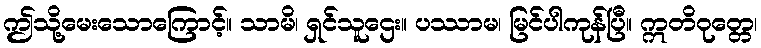
ဤသို့မေးသောကြောင့်။ သာမိ၊ ရှင်သူဌေး။ ပဿာမ၊ မြင်ပါကုန်ပြီ။ ဣတိဝုတ္တေ၊